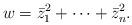
LaTeX: \begin{align*}w = \bar{z}_1^2+ \cdots + \bar{z}_n^2 .\end{align*}